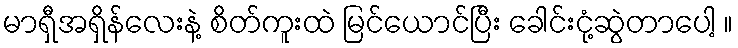
မာရှီအရှိန်လေးနဲ့ စိတ်ကူးထဲ မြင်ယောင်ပြီး ခေါင်းငုံ့ဆွဲတာပေါ့ ။